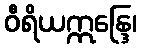
ဝီရိယဣန္ဒြေ၊